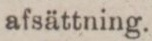
afsättning.